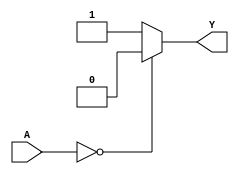
module combinational_logic (
    input wire [1:0] A,      // 2-bit input
    output wire Y            // Output
);
    
    // Define the expression for output Y using the combinations of A
    // For example:
    // A = 00 -> Y = 0
    // A = 01 -> Y = 1
    // A = 10 -> Y = 1
    // A = 11 -> Y = 0
    // Don't care conditions (X):
    // - A = 10,11 -> can be either 0 or 1 (will be simplified using K-map)
    
    assign Y = (A == 2'b00) ? 1'b0 :
               (A == 2'b01) ? 1'b1 :
               1'b1;  // The don't care conditions lead to Y = 1 for simplicity

endmodule